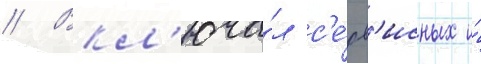
// Вкл'юча́л с'е́рв'исных и́